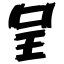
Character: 呈